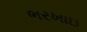
ભરખાઇ